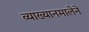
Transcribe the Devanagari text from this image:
व्याख्यानमालेने